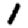
Digit: 1